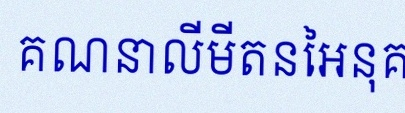
គណនាលីមីតនៃអនុគមន៍ខាងក្រោម